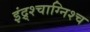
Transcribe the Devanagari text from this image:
इंद्र्श्चाग्निश्च